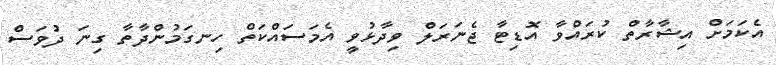
އެކަމަށް އިޝާރާތް ކުރައްވާ އޮޑިޓާ ޖެނަރަލް ވިދާޅުވީ އެމަސައްކަތް ހިނގަމުންދާތާ ގިނަ ދުވަސް